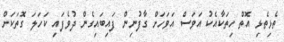
ތެޅިތެޅި އޮތް ހިތަކާއެކު އަވަސް އަވަހަށް ގާފުނިން ފައިބައިގެން ދުވެފައި ކަހަލަ ގޮތަކަށް